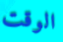
الوقت